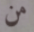
من